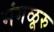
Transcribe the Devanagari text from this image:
मंगळूरु